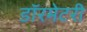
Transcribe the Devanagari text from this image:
डॉरमेटरी